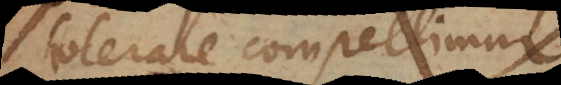
tolerare compellimur.